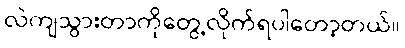
လဲကျသွားတာကိုတွေ့လိုက်ရပါတော့တယ်။